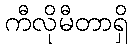
ကီလိုမီတာရှိ